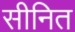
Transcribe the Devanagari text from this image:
सीनित